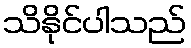
သိနိုင်ပါသည်